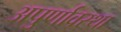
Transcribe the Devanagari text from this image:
अपुर्णावस्था